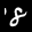
Label: 8